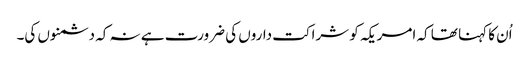
اُن کا کہنا تھا کہ امریکہ کو شراکت داروں کی ضرورت ہے نہ کہ دشمنوں کی۔